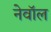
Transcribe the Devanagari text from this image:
नेवॉल